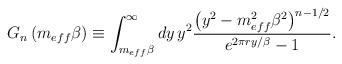
LaTeX: \begin{align*}G_{n}\left(m_{eff}\beta \right)\equiv \int _{m_{eff}\beta }^{\infty }dy\, y^{2}\frac{\left(y^{2}-m_{eff}^{2}\beta ^{2}\right)^{n-1/2}}{e^{2\pi ry/\beta }-1}.\end{align*}